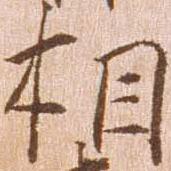
相